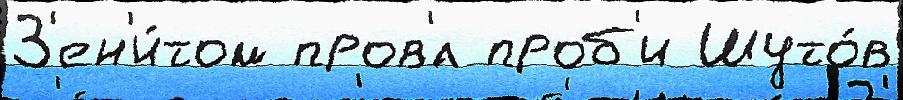
З'ен'и́том пров'́л проб'и Шуто́в